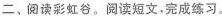
二、阅读彩虹谷。阅读短文，完成练习。